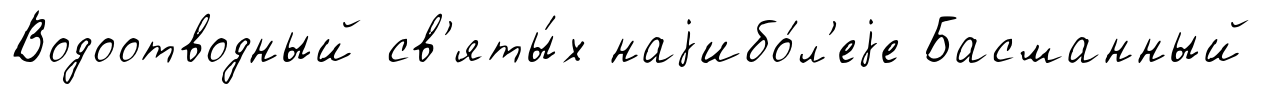
Водоотводный св'яты́х наjибо́л'еjе Басманный